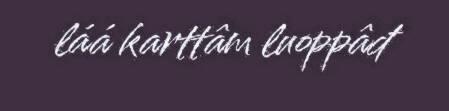
láá karttâm luoppâđ